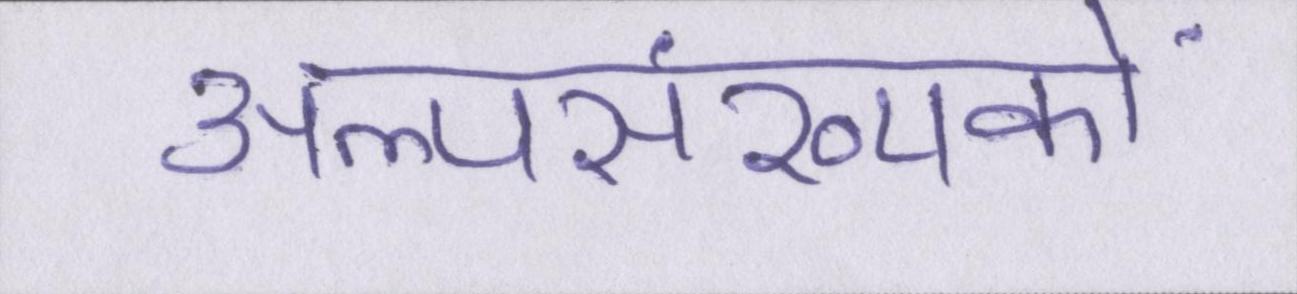
अल्पसंख्यकों